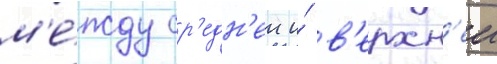
м'е́жду ср'едн'еи и́ в'ерхн'еи